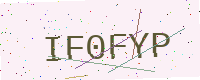
Text: IF0FYP